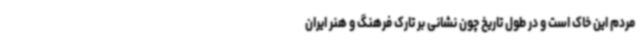
مردم این خاک است و در طول تاریخ چون نشانی بر تارک فرهنگ و هنر ایران